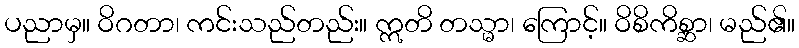
ပညာမှ။ ဝိဂတာ၊ ကင်းသည်တည်း။ ဣတိ တသ္မာ၊ ကြောင့်။ ဝိစိကိစ္ဆာ၊ မည်၏။